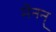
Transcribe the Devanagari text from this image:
मेनन्